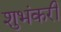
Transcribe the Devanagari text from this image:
शुभंकरी